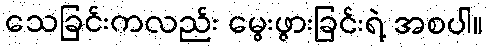
သေခြင်းကလည်း မွေးဖွားခြင်းရဲ့ အစပါ။